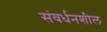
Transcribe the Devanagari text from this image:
संवर्धनशील